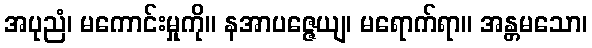
အပုညံ၊ မကောင်းမှုကို။ နအာပဇ္ဇေယျ၊ မရောက်ရာ။ အန္တမသော၊